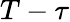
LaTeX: T-\tau